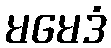
မမေဒံ